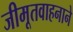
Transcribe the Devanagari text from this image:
जीमूतवाहनाने